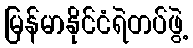
မြန်မာနိုင်ငံရဲတပ်ဖွဲ့